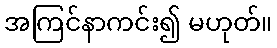
အကြင်နာကင်း၍ မဟုတ်။